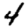
Digit: 4